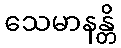
သေမာနန္တိ